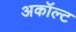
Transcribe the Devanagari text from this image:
अकॉल्ट